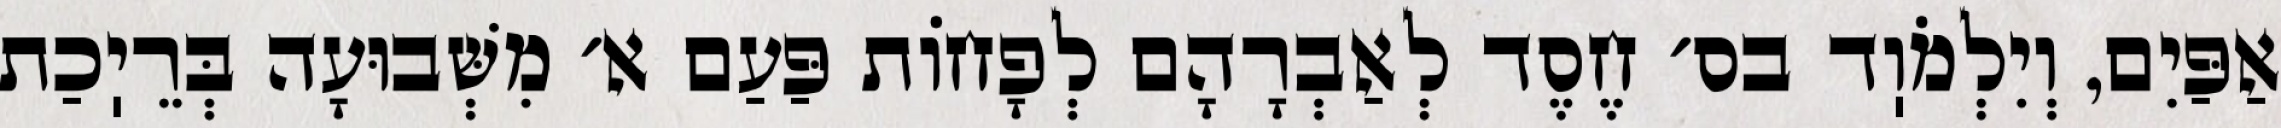
אַפַּיִם, וְיִלְמֹוֽד בס׳ חֶסֶד לְאַבְרָהָם לְפָחוֹת פַּעַם א׳ מִשְּׁבוּעָה בְּרֵיֽכַת